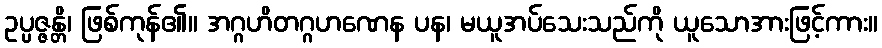
ဥပ္ပဇ္ဇန္တိ၊ ဖြစ်ကုန်၏။ အဂ္ဂဟိတဂ္ဂဟဏေန ပန၊ မယူအပ်သေးသည်ကို ယူသောအားဖြင့်ကား။